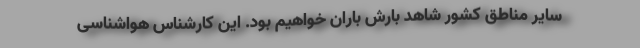
سایر مناطق کشور شاهد بارش باران خواهیم بود. این کارشناس هواشناسی